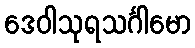
ဒေဝါသုရသင်္ဂါမော